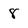
Character: 8